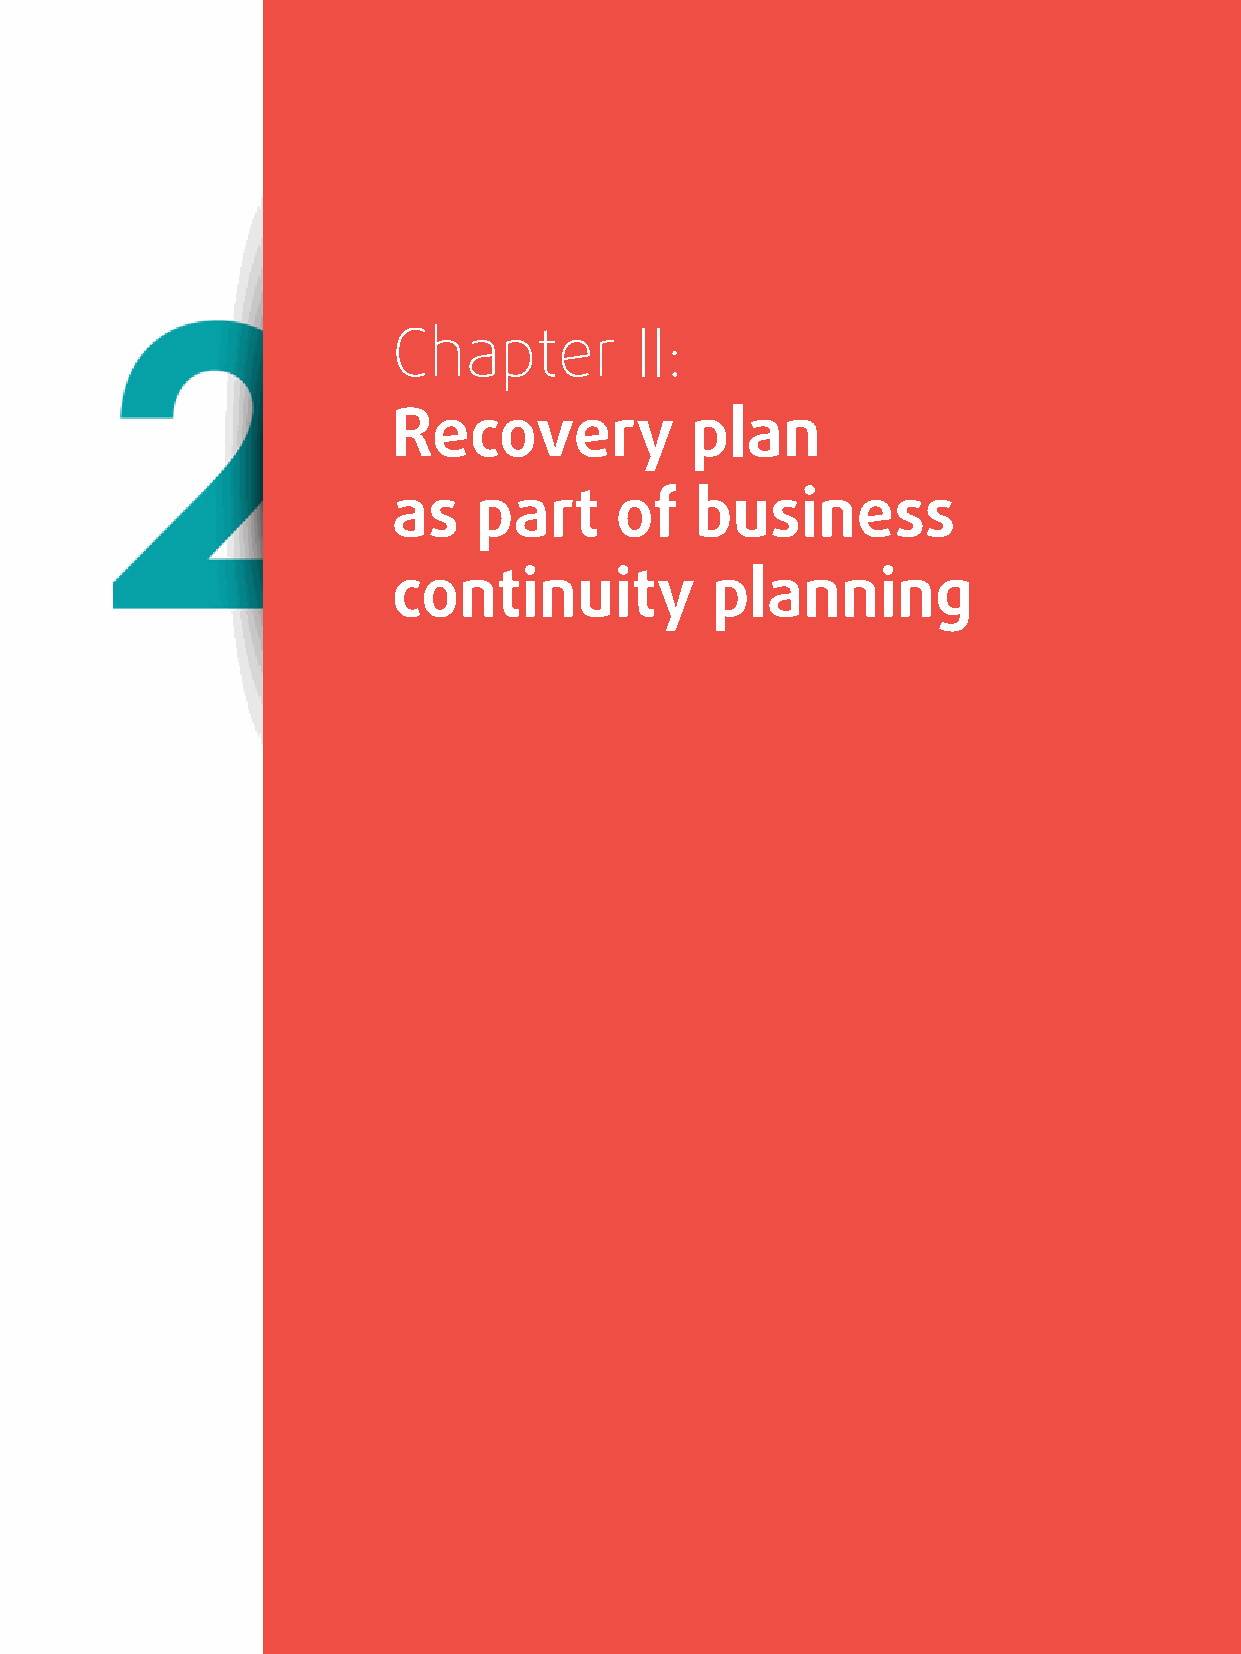
Chapter         II:
 Recovery            plan
 as   part      of   business
 continuity           planning